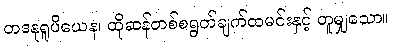
တဒနုရူပိယေန၊ ထိုဆန်တစ်စရွတ်ချက်ထမင်းနှင့် တူမျှသော။